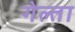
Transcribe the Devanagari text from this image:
गेल्ता